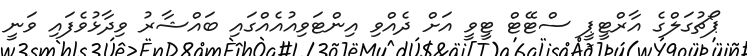
ޕޯޗުގަލްގެ އާރްޓީޕީ ސްޓޭޓް ޓީވީ އަށް ދެއްވި އިންޓަވިއުއެއްގައި ބައްޝާރު ވިދާޅުވެފައި ވަނީ